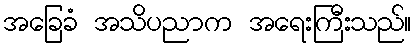
အခြေခံ အသိပညာက အရေးကြီးသည်။